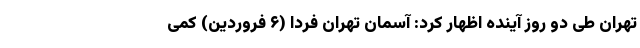
تهران طی دو روز آینده اظهار کرد: آسمان تهران فردا (۶ فروردین) کمی